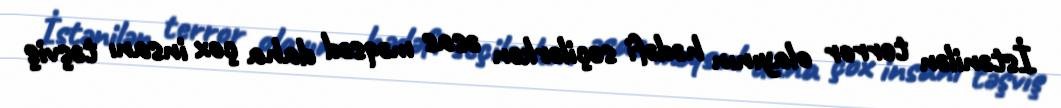
İstənilən terror olayının hədəfi seçilərkən əsas məqsəd daha çox insanı təşviş